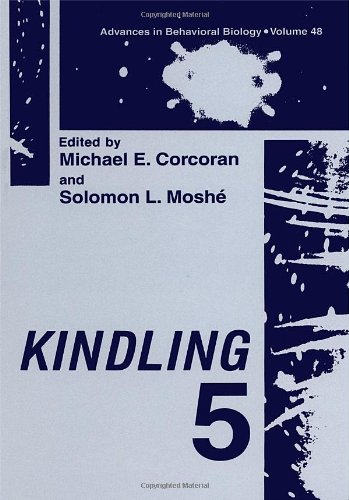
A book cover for Kindling 5: Proceedings of the 5th Intl Conf Held in Victoria Canada June 1996; Health, Fitness & Dieting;